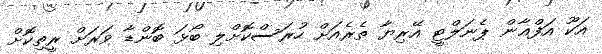
އަކޫ އަފްޣާން ޕެނަލްޓީ އޭރިޔާ ތެރެއަށް ހުރަސްކޮށްލި ބޯޅަ ބޮންޑާ ވަރަށް ރީތިކޮށް